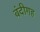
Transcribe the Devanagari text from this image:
बंदीगह